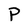
Character: P